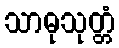
သာဓုသုတ္တံ